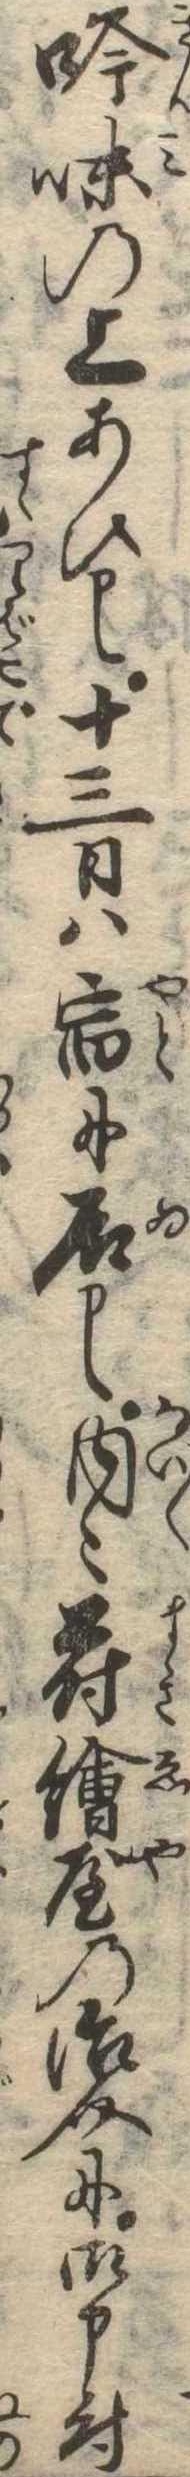
吟味の上あひ十三日は宿に居内〻蒔絵屋の治介に御申付